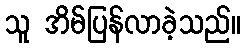
သူ အိမ်ပြန်လာခဲ့သည်။